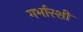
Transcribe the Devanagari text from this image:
गर्भारशी